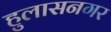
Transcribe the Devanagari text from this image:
हुलासनगर